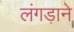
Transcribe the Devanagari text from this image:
लंगड़ाने